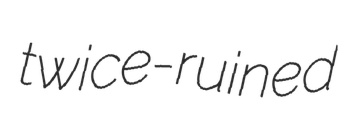
twice-ruined